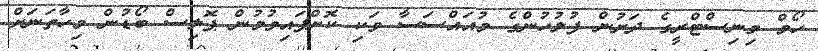
ހޯމް މިނިސްޓްރީގެ ދަށުން ފުލުހުންގެ މުއައްސަސާ ވަކި ކޮށްފައިވުމުން ޕޮލިސް ބޯޑުން މިހާތަނަށް